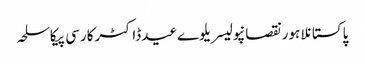
پاکستانلاہورنقصانپولیسریلوےعیدڈاکٹرکارسی پیکاسلحہ